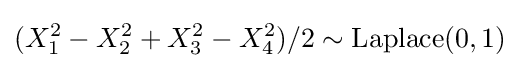
(X_{1}^{2}-X_{2}^{2}+X_{3}^{2}-X_{4}^{2})/2\sim {\textrm {Laplace}}(0,1)